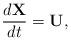
LaTeX: \begin{align*}\dfrac{d\mathbf{X}}{dt} = \mathbf{U},\end{align*}